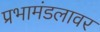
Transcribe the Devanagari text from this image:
प्रभामंडलावर